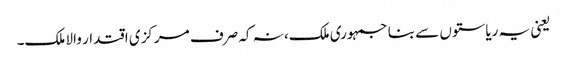
یعنی یہ ریاستوں سے بنا جمہوری‎ ملک، نہ کہ صرف مرکزی اقتدار والا ملک۔